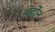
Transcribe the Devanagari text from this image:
मेर्टोंन